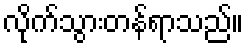
လိုက်သွားတန်ရာသည်။